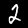
Digit: 2